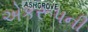
એકરૂપની